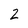
Character: 2